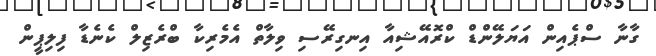
ގާނާ ސްޕެއިން އަޔަލޭންޑް ކްރޮއޭޝިއާ އިނގިރޭސި ވިލާތް އެމެރިކާ ބްރެޒިލް ކެނެޑާ ފިލިޕީން